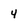
Character: 4